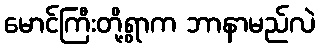
မောင်ကြီးတို့ရွာက ဘာနာမည်လဲ